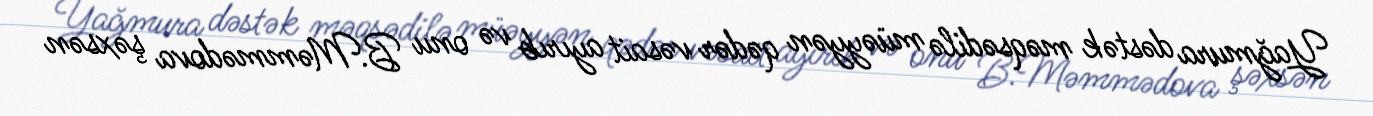
Yağmura dəstək məqsədilə müəyyən qədər vəsait ayırıb və onu B.Məmmədova şəxsən